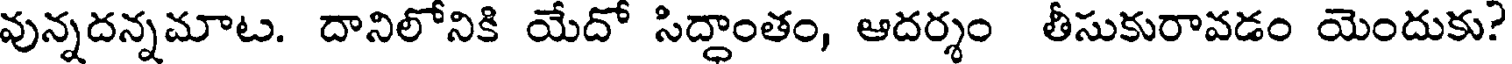
వున్నదన్నమాట. దానిలోనికి యేదో సిద్ధాంతం, ఆదర్శం తీసుకురావడం యెందుకు?